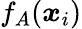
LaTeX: f_{A}(\boldsymbol{x}_{i})